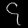
Digit: ၄